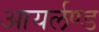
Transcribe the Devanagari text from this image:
आयर्लण्ड